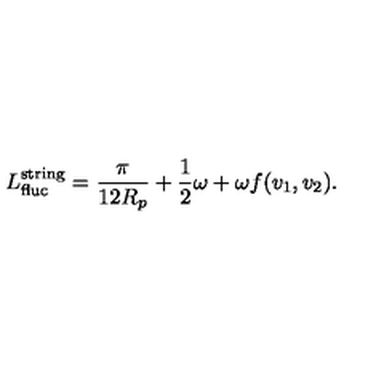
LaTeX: L _ { \mathrm { f l u c } } ^ { \mathrm { s t r i n g } } = \frac { \pi } { 1 2 R _ { p } } + \frac { 1 } { 2 } \omega + \omega f ( v _ { 1 } , v _ { 2 } ) .